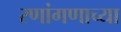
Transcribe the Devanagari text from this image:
रणांगणाच्या